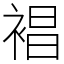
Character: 裮